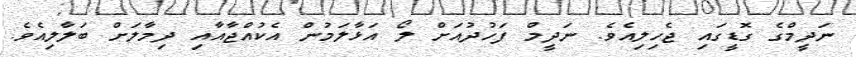
ނަދީމްގެ ގޮޑީގައި ޖެހިލިއެވެ. ނަދީމް ފަހުދުއަށް ލޯ އަޅާލަމުން އެކުއްޖާއާއި ދިމާލަށް ބަލާލިއެވެ.